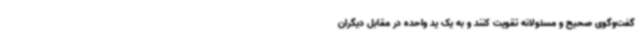
گفت‌وگوی صحیح و مسئولانه تقویت کنند و به یک ید واحده در مقابل دیگران